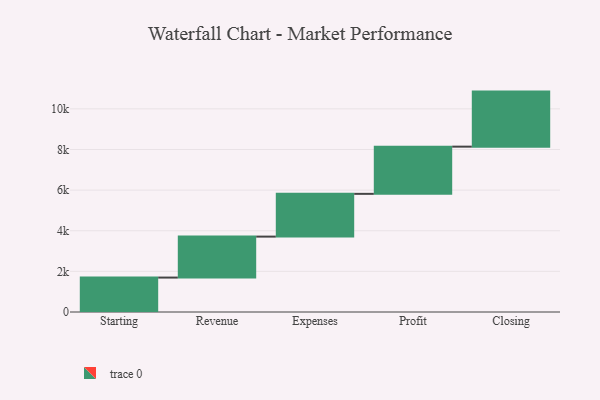
{"axis": {"x": "Step", "y": "Value"}, "legend": [""], "data": [{"x": "Starting", "y": 1695.0, "type": ""}, {"x": "Revenue", "y": 2016.0, "type": ""}, {"x": "Expenses", "y": 2105.0, "type": ""}, {"x": "Profit", "y": 2323.0, "type": ""}, {"x": "Closing", "y": 2710.0, "type": ""}]}